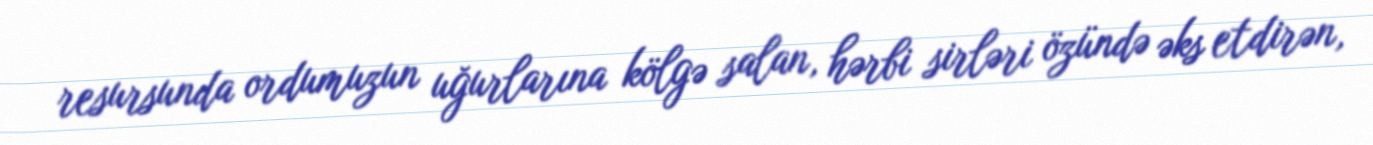
resursunda ordumuzun uğurlarına kölgə salan, hərbi sirləri özündə əks etdirən,